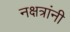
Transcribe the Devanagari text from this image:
नक्षत्रांनी